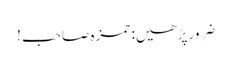
ضرور پڑھیں: حمزہ صاحب !